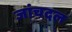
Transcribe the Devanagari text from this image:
जांचदल